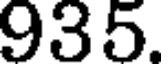
935.